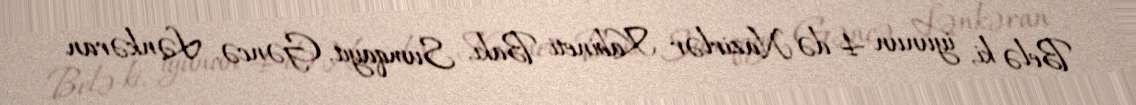
Belə ki, iyunun 4-də Nazirlər Kabineti Bakı, Sumqayıt, Gəncə, Lənkəran